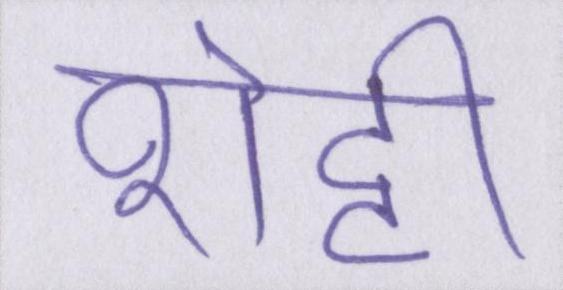
शेट्टी